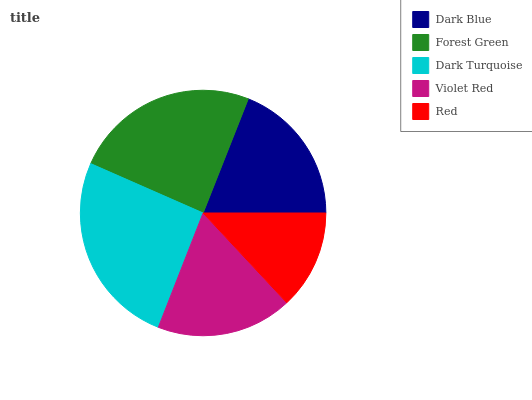
| Dark Blue | Forest Green | Dark Turquoise | Violet Red | Red |
 | --- | --- | --- | --- | --- |
 | 19% | 24.4% | 25.7% | 17.9% | 13.1% |